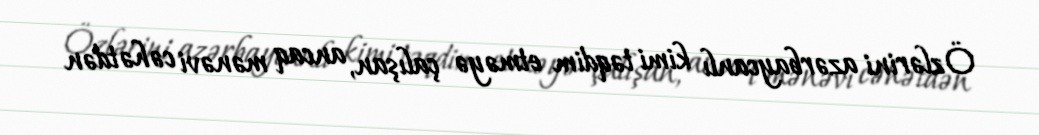
Özlərini azərbaycanlı kimi təqdim etməyə çalışan, ancaq mənəvi cəhətdən